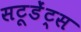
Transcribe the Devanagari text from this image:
सटूडेंट्स